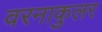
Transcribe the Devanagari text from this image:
वरनाकुलर